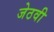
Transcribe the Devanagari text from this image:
जेठवी